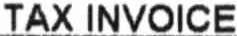
TAX INVOICE